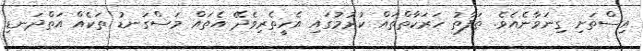
އިސްތަށި ގިނަވާނެއެވެ. ތަފާތު ހަރަކާތްތައް ކުރުމުގައި އެހީތެރިވެދޭ އެތައް މަސްގަނޑު ތަކެއް އަތްދަނޑި